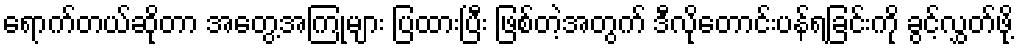
ရောက်တယ်ဆိုတာ အတွေ့အကြုံများ ပြထားပြီး ဖြစ်တဲ့အတွက် ဒီလိုတောင်းပန်ရခြင်းကို ခွင့်လွှတ်ဖို့